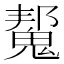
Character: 𮫠